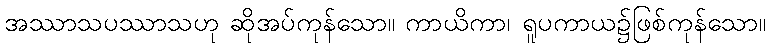
အဿာသပဿာသဟု ဆိုအပ်ကုန်သော။ ကာယိကာ၊ ရူပကာယ၌ဖြစ်ကုန်သော။